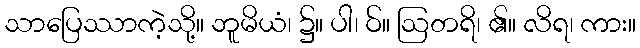
သာပြေဿာကဲ့သို့။ ဘူမိယံ၊ ၌။ ပါ၊ ဝ်။ ဩတရိ၊ ၏။ လိရ၊ ကား။